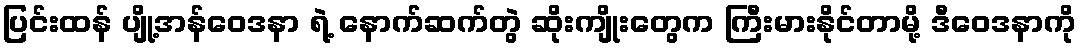
ပြင်းထန် ပျို့အန်ဝေဒနာ ရဲ့ နောက်ဆက်တွဲ ဆိုးကျိုးတွေက ကြီးမားနိုင်တာမို့ ဒီဝေဒနာကို